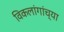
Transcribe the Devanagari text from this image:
विकलांगांच्या